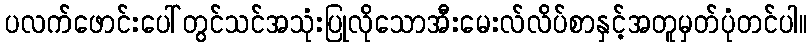
ပလက်ဖောင်းပေါ်တွင်သင်အသုံးပြုလိုသောအီးမေးလ်လိပ်စာနှင့်အတူမှတ်ပုံတင်ပါ။